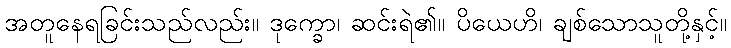
အတူနေရခြင်းသည်လည်း။ ဒုက္ခော၊ ဆင်းရဲ၏။ ပိယေဟိ၊ ချစ်သောသူတို့နှင့်။